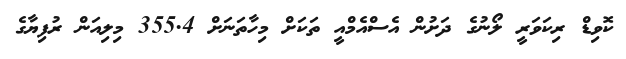
ކޮވިޑް ރިކަވަރީ ލޯނުގެ ދަށުން އެސްއެމްއީ ތަކަށް މިހާތަނަށް 355.4 މިލިއަން ރުފިޔާގެ